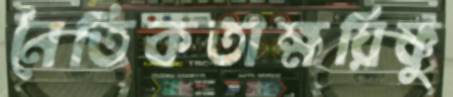
নৈতিকতাক্ষয়িষ্ণু